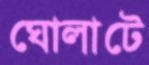
ঘোলাটে